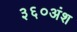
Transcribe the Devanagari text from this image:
३६०अंश